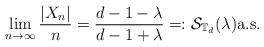
LaTeX: \begin{align*} \lim_{n\to\infty}\frac{|X_n|}{n}=\frac{d-1-\lambda}{d-1+\lambda}=:\mathcal{S}_{\mathbb{T}_d}(\lambda) \hbox{\rm a.s.} \end{align*}